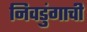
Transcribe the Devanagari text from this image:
निवडुंगाची